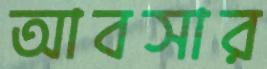
আবসার